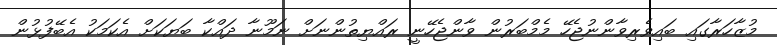
މުޒާހަރާގައި ބައިވެރިވާންނުޖެހޭ މެމްބަރުން ވާންޖެހޭނީ ރައްޔިތުންނަށް ނަމޫނާ ދައްކާ ބަޔަކަށް އެކަމަކު އެބޭފުޅުން